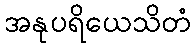
အနုပရိယေသိတံ